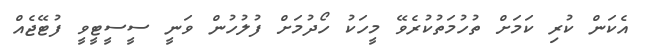
އެކަން ކުރި ކަމަށް ތުހުމަތުކުރެވޭ މީހަކު ހޯދުމަށް ފުލުހުން ވަނީ ސީސީޓީވީ ފުޓޭޖެއް